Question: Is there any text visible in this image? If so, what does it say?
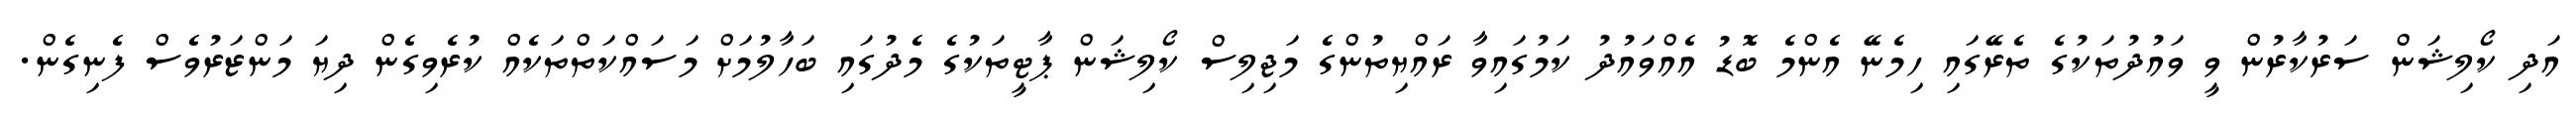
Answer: އަދި ކޯލިޝަން ސަރުކާރުން ވީ ވައުދުތަކުގެ ތެރޭގައި ހިމެނޭ އެންމެ ބޮޑު އެއްވައުދު ކަމުގައިވާ ރައްޔިތުންގެ މަޖިލިސް ކޯލިޝަން ޕާޓީތަކުގެ މެދުގައި ބަހާލުމަށް މަސައްކަތްތަކެއް ކުރެވިގެން ދިޔަ މަންޒަރުވެސް ފެނިގެން.